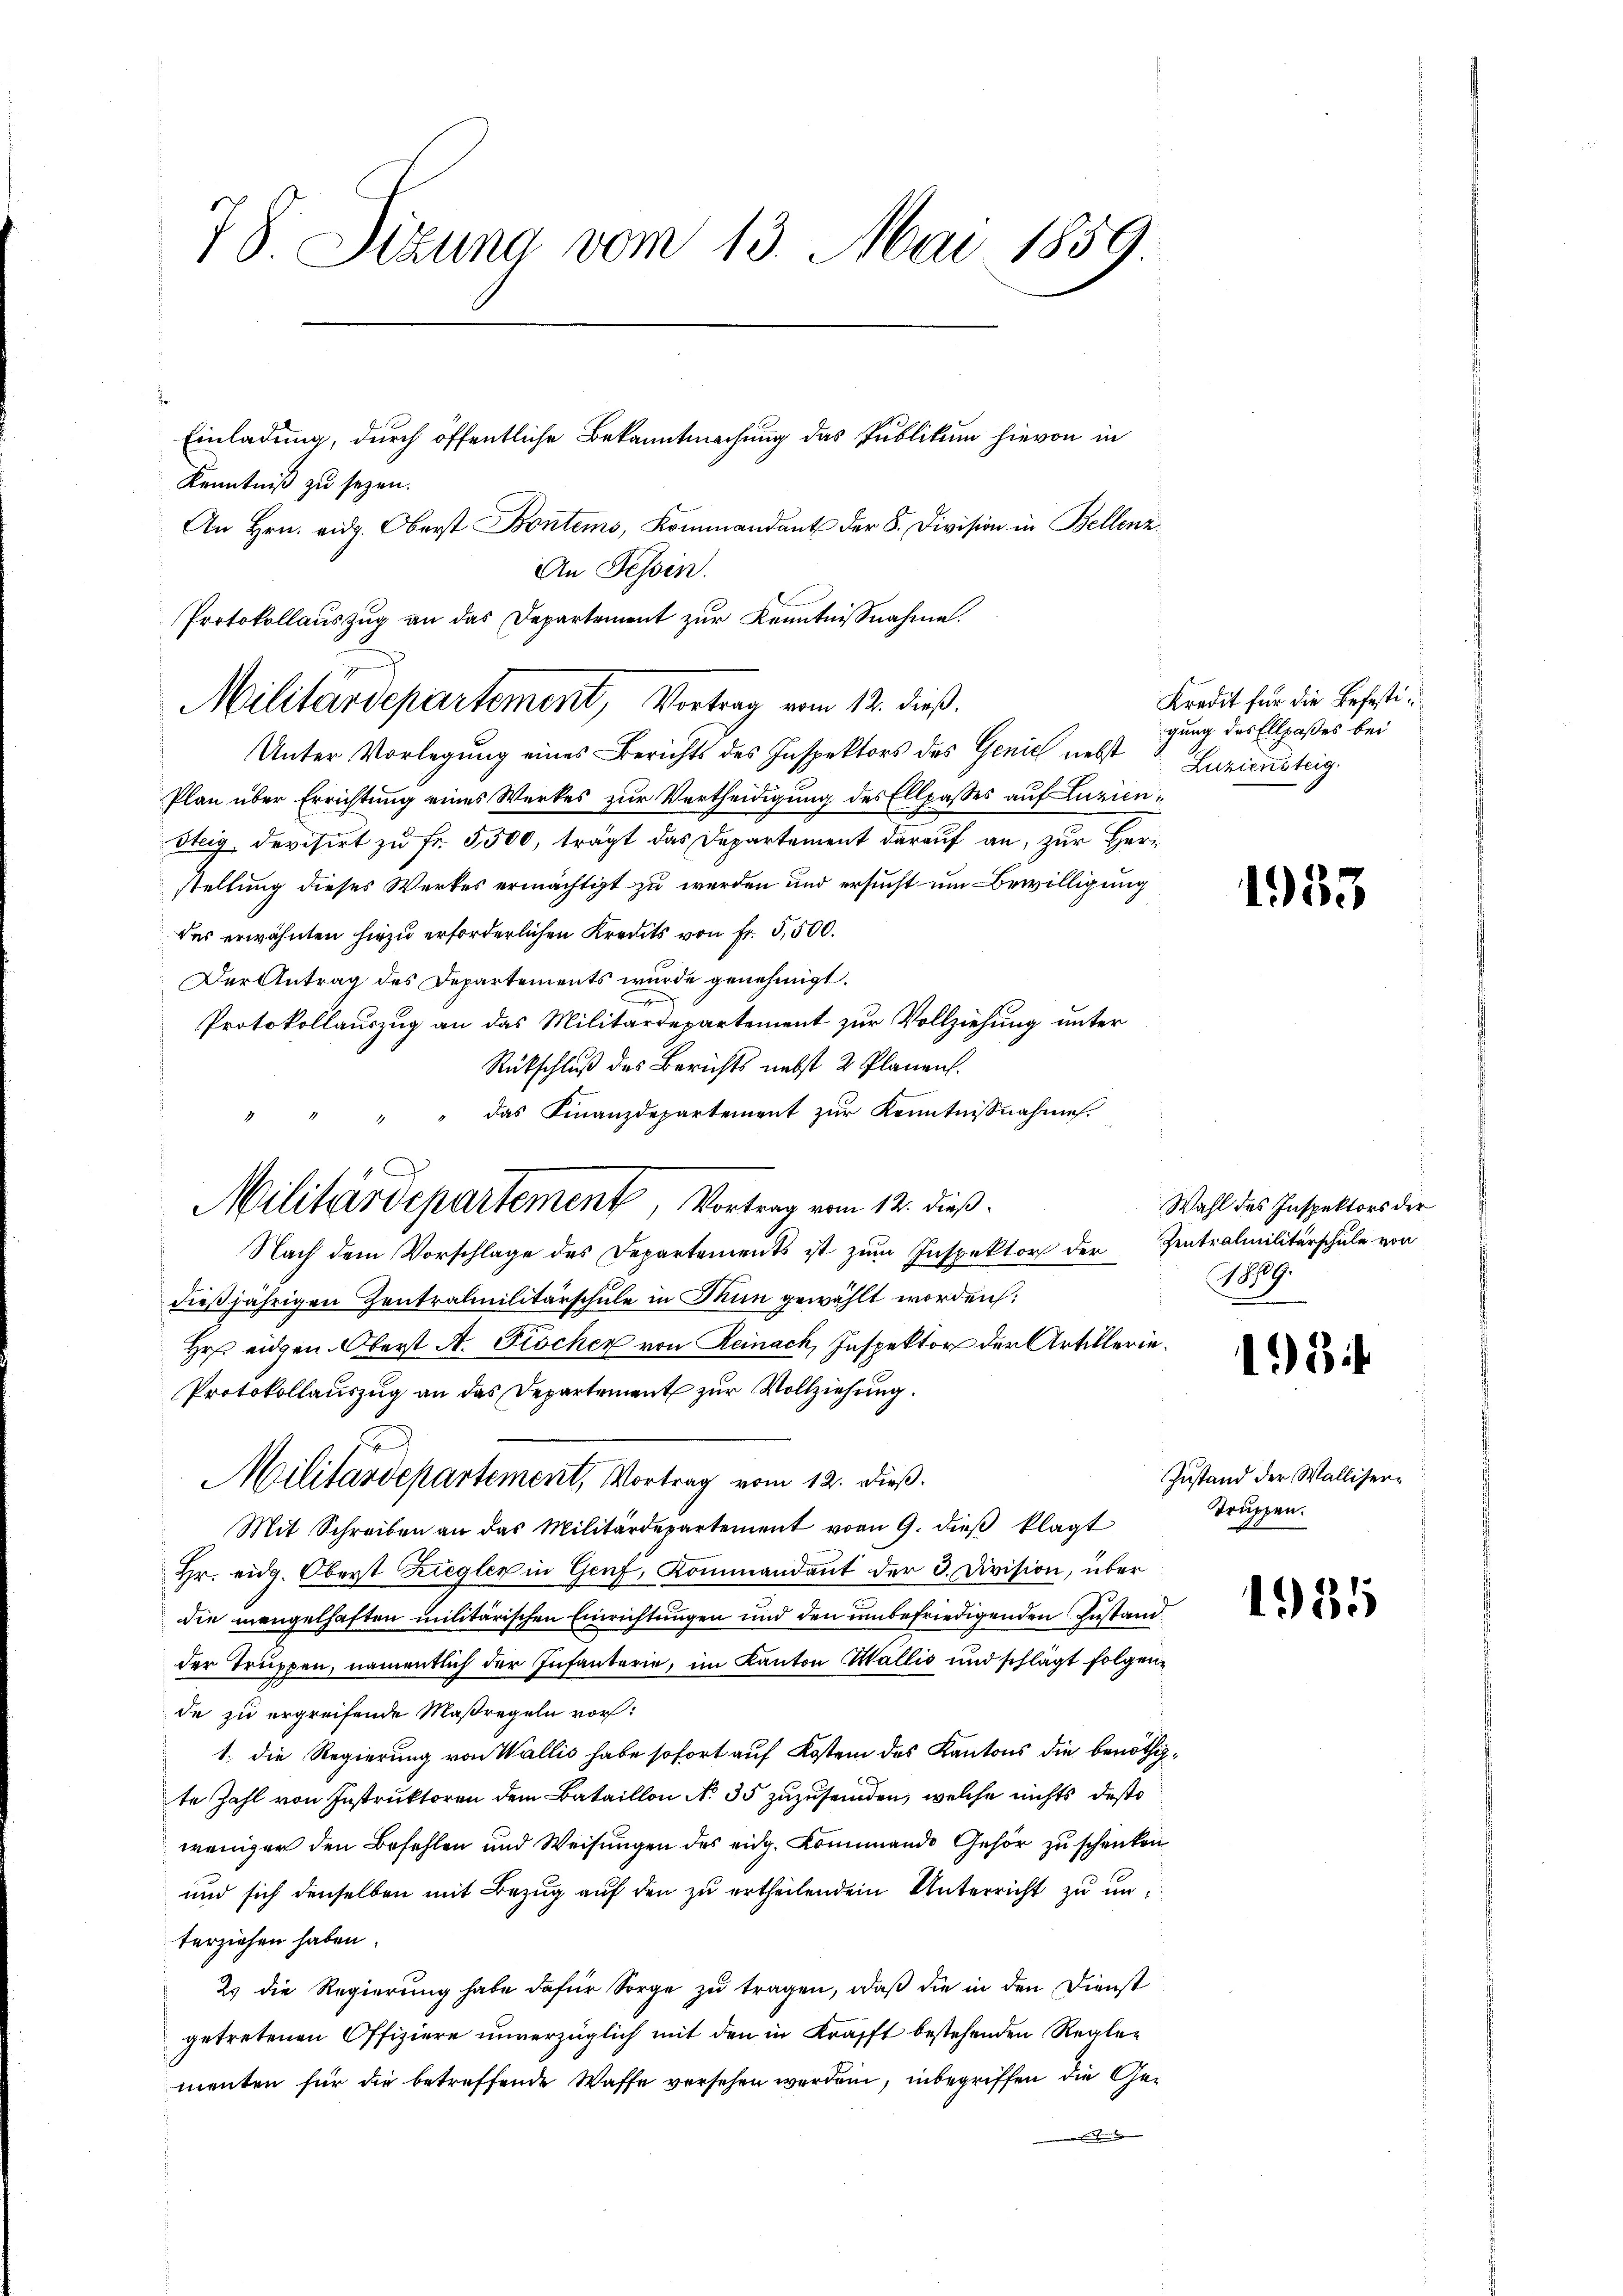
78. Sizung vom 13. Mai 1859

Einladung, durch öffentliche Bekanntmachung das Publikum hievon in
Kenntniß zu seyen.
An Hrn. vidg. Oberst Bontems, Kommandant der 8. Division in Bellenz
An Tessin.
Unter Vorlegung eines Berichts des Inspektors des Genie nebst
Plan über Errichtung eines Werkes zur Vertheidigung des Ellpasses auf Luzien¬
Steig, devisirt zu Fr. 5,500, trägt das Departement darauf an, zur Herr
stellung dieses Werkes ermächtigt zu werden und ersucht um Bewilligung
das erwähnten hiezu erforderlichen Kredits von Fr. 5,500.
Der Antrag des Departements wurde genehmigt.
Protokollauszug an das Militärdepartement zur Vollziehung unter
Rückschluß des Berichts nebst 2 Planen.
das Finanzdepartement zur Kenntnisnahmes.
Nach dem Vorschlage des Departements ist zum Inspektor der Zentralmilitärschule von
dießjährigen Zentralmilitärschule in Mun gewählt worden:
Hr. eidgen. Oberst A. Fröcher von Reinach, Inspektor der Artillerie¬
Protokollauszug an das Departement zur Vollziehung.
Militärdepartement, Vortrag vom 12. dieß.
Mit Schreiben an das Militärdepartement vom 9. dieβ klagt
Hr. eidg. Oberst Ziegler in Genf, Kommandant der 3. Division, über
die mengelhaften militärischen Einrichtungen und den unbefriedigenden Instand
der Truppen, namentlich der Infanterie, im Kanton Wallis und schlägt folgende zu ergreifende Maßregeln vor:
1., die Regierung von Wallis habe sofort auf Kosten des Kantons die benöthigte Zahl von Instruktoren dem Bataillon No 35 zuzusenden, welche nichts des
weniger den Befehlen und Weisungen des eidg. Kommando Gehör zu schenken
und sich denselben mit Bezug auf den zu ertheilendem Unterricht zu unterziehen haben.
2. die Regierung habe dafür Sorge zu tragen, daß die in den Dienst
getretenen Offiziere unverzüglich mit den in Krafft bestehenden Regler
menten für die betreffende Waffe versehen werden, inbegriffen die Ged

Protokollauszug an das Departement zur Kenntnißnahme.
Militärdepartement, Vortrag vom 12. dieß.

Militärdepartement, Vortrag vom 12. dieß.

Kredit für die Befestigung des Ellpaßes bei
Zuziensteig.

1935

Wahl des Inspektors der
1879.

18

Zustand der Walliser¬
Truppen.

1985